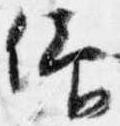
仰